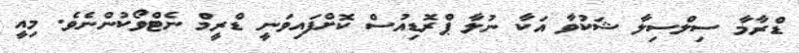
ޑްރާމާ ސިލްސިލާ ޝަކުވާ އަކާ ނުލާ ޕްރޮޑިއުސް ކޮށްފައިވަނީ ޑްރީމް ނެޓްވޯކުންނެވެ. މިއީ